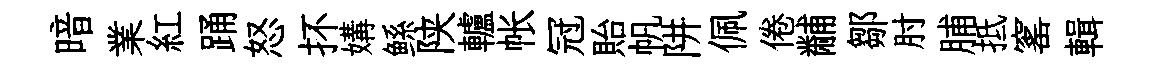
暗業紅踊怒抔媾鲧陕轤帐冠貽帆阱佩倦黼鄒肘脯抵窰輯